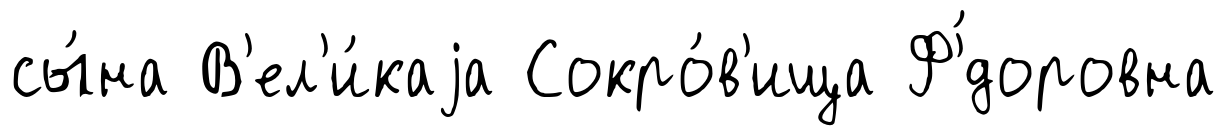
сы́на В'ел'и́каjа Сокро́в'ища Ф'́доровна